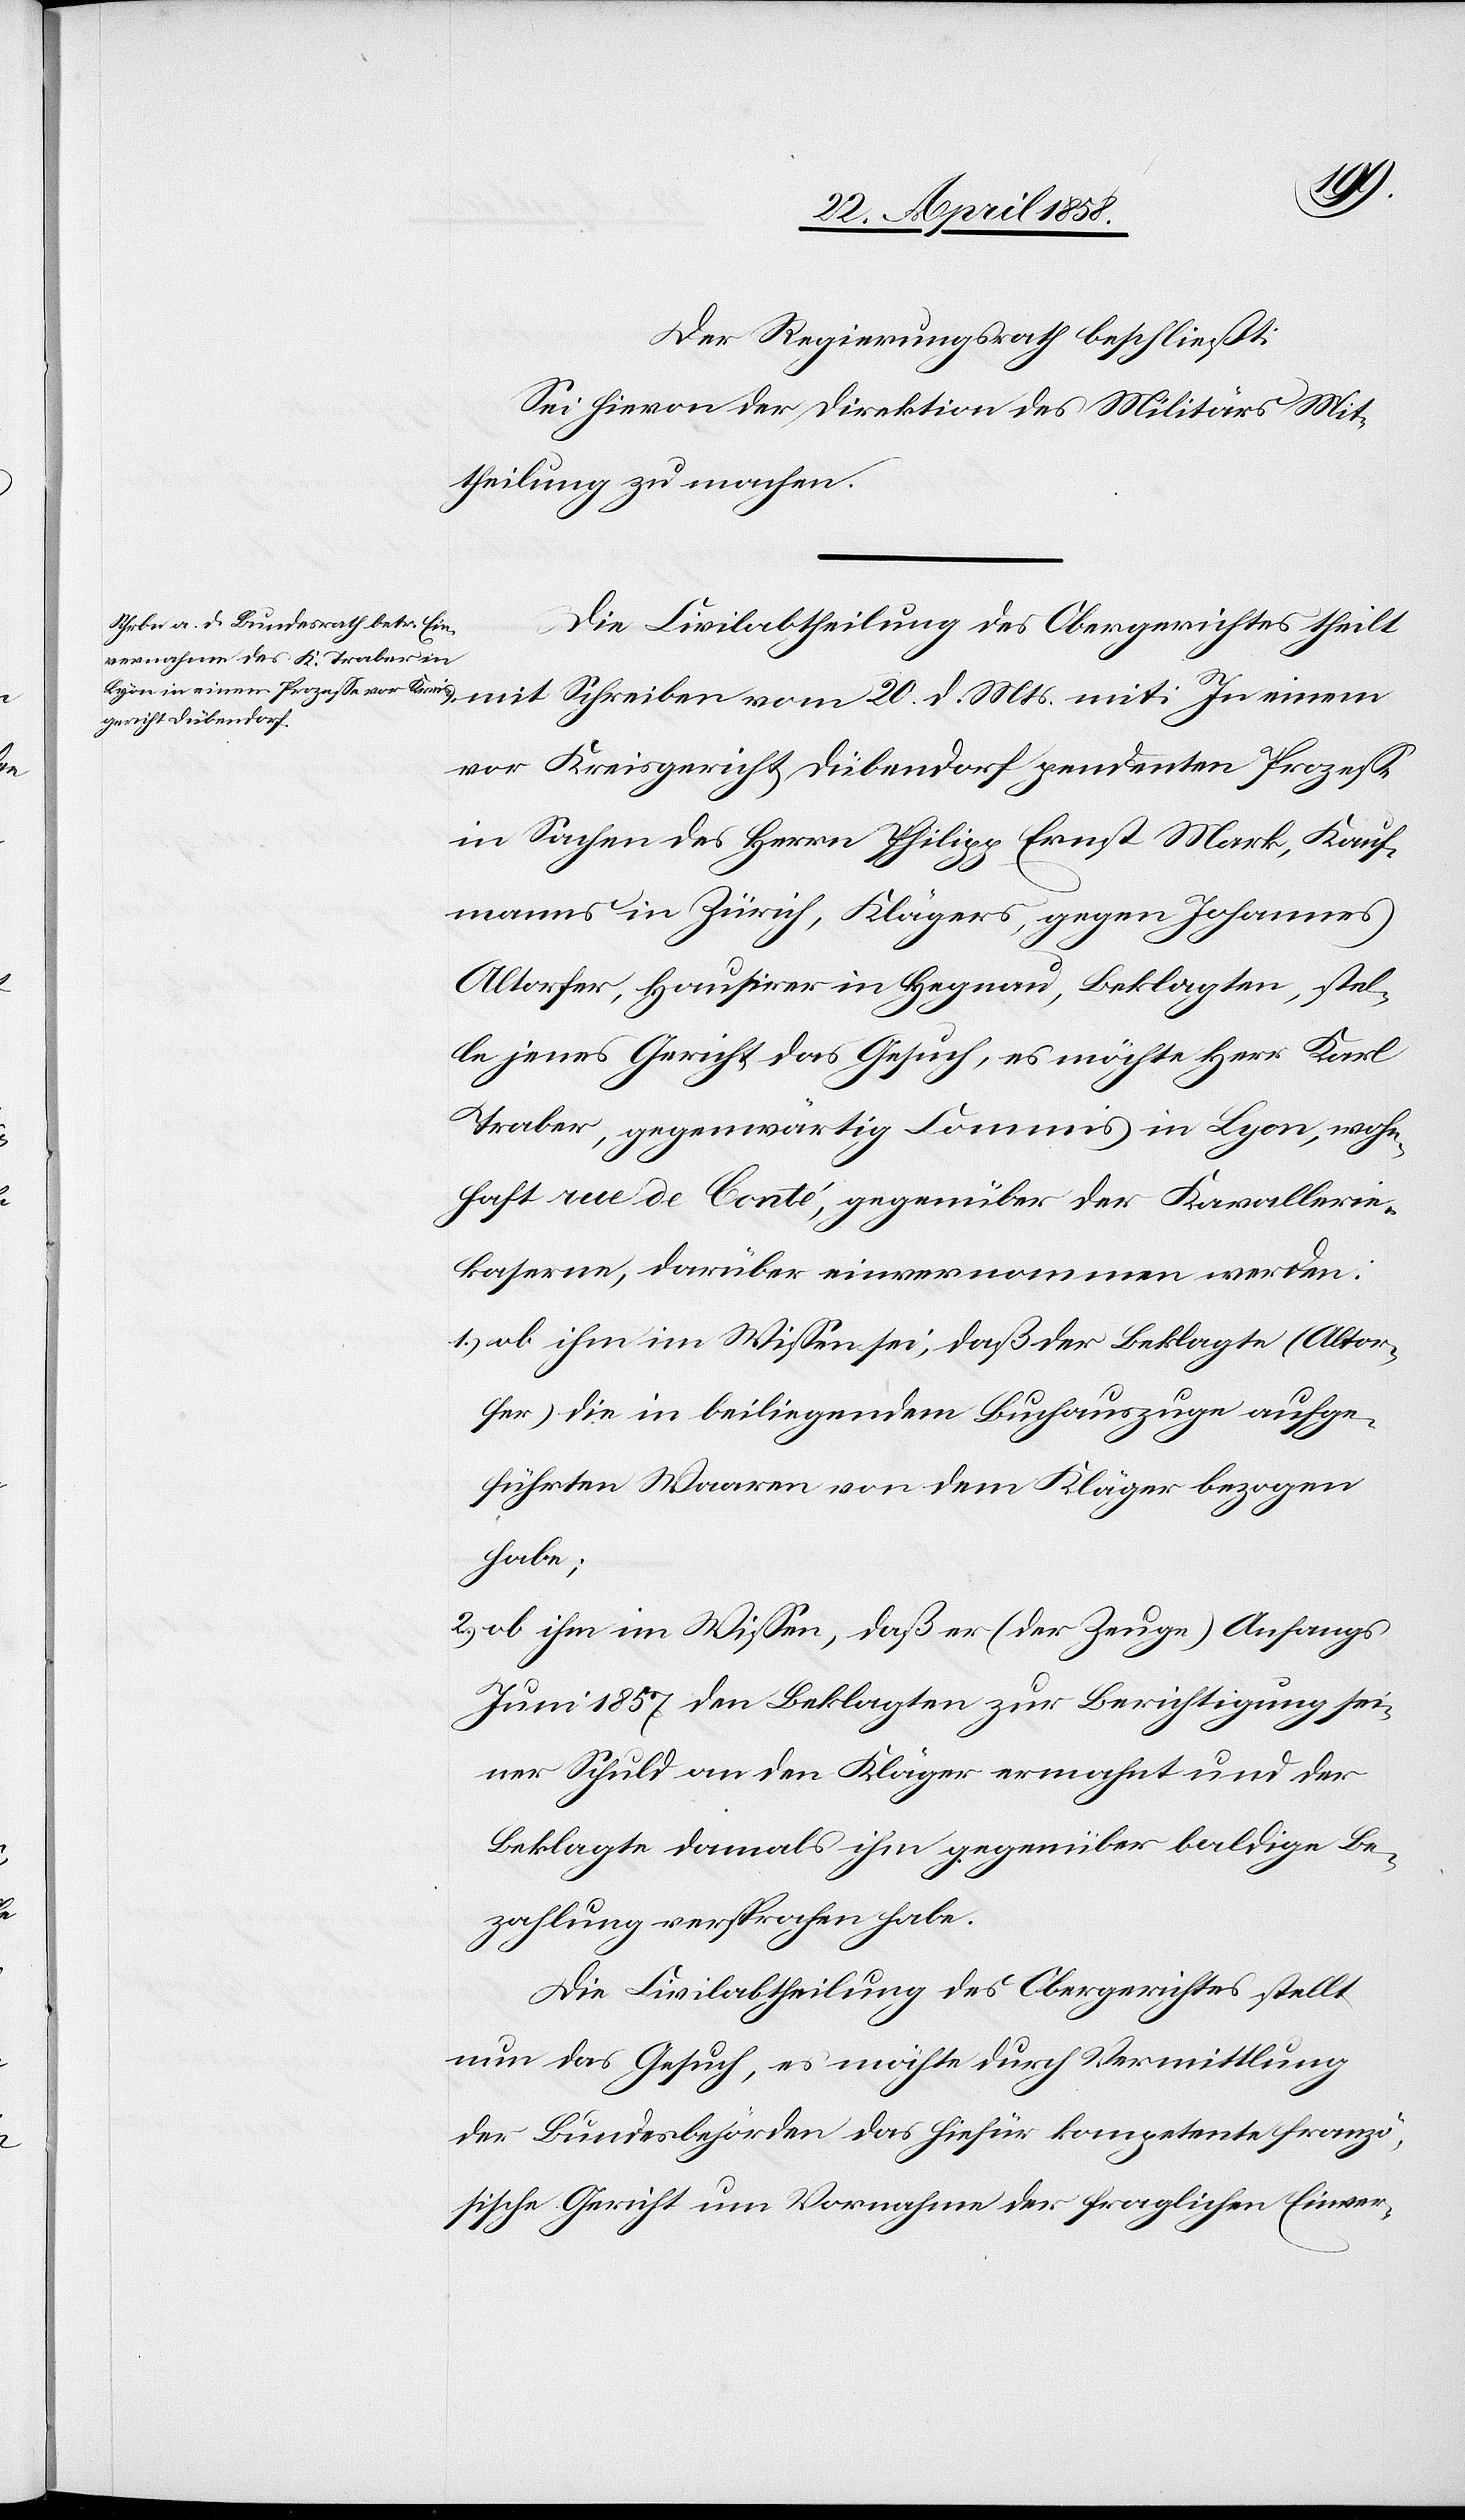
Mts.
Der Regierungsrath beschließt:
Sie hievon der Direktion des Militärs Mit¬
theilung zu machen.
Die Civilabtheilung des Obergerichtes theilt
vor Kreisgericht Dübendorf pendenten Prozesse
in Sachen des Herrn Philipp Ernst Mark, Kauf¬
20.
manns in Zürich, Klägers, gegen Johannes
Altorfer, Hausirer in Hegnau, Beklagten, stel¬
le jenes Gericht das Gesuch, es möchte Herr Karl
Traber, gegenwärtig Commis in Lyon, wohn¬
haft rue de Conté, gegenüber der Kavallerie¬
kaserne, darüber einvernommen werden:
1.) ob ihm im Wissen sei, daß der Beklagte (Altor¬
fer) die in beiliegendem Buchauszuge aufge¬
führten Waaren von dem Kläger bezogen
habe;
2.) ob ihm im Wissen, daß er (der Zeuge) Anfangs
Juni 1857 den Beklagten zur Berichtigung sei¬
ner Schuld an den Kläger vermahnt und der
Beklagte damals ihm gegenüber baldige Be¬
zahlung versprochen habe.
Die Civilabtheilung des Obergerichtes stellt
nun das Gesuch, es möchte durch Vermittlung
der Bundesbehörden das hiefür kompetente franzö¬
sische Gericht um Vornahme der fraglichen Einver-